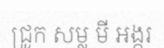
ជ្រូក សម្ល មី អង្ករ